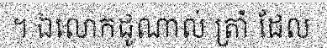
។ ឯលោកដូណាល់ ត្រាំ ដែល